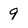
Character: 9